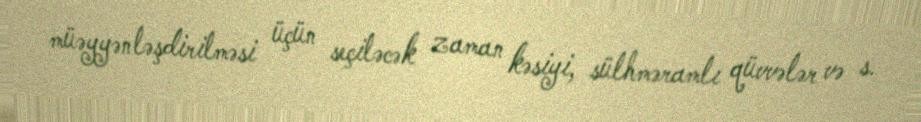
müəyyənləşdirilməsi üçün seçiləcək zaman kəsiyi, sülhməramlı qüvvələr və s.